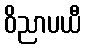
ဝိညာပယီ